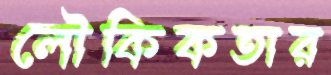
লৌকিকতার